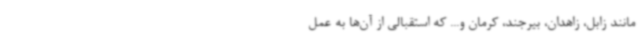
مانند زابل، زاهدان، بیرجند، کرمان و... که استقبالی از آن‌ها به عمل